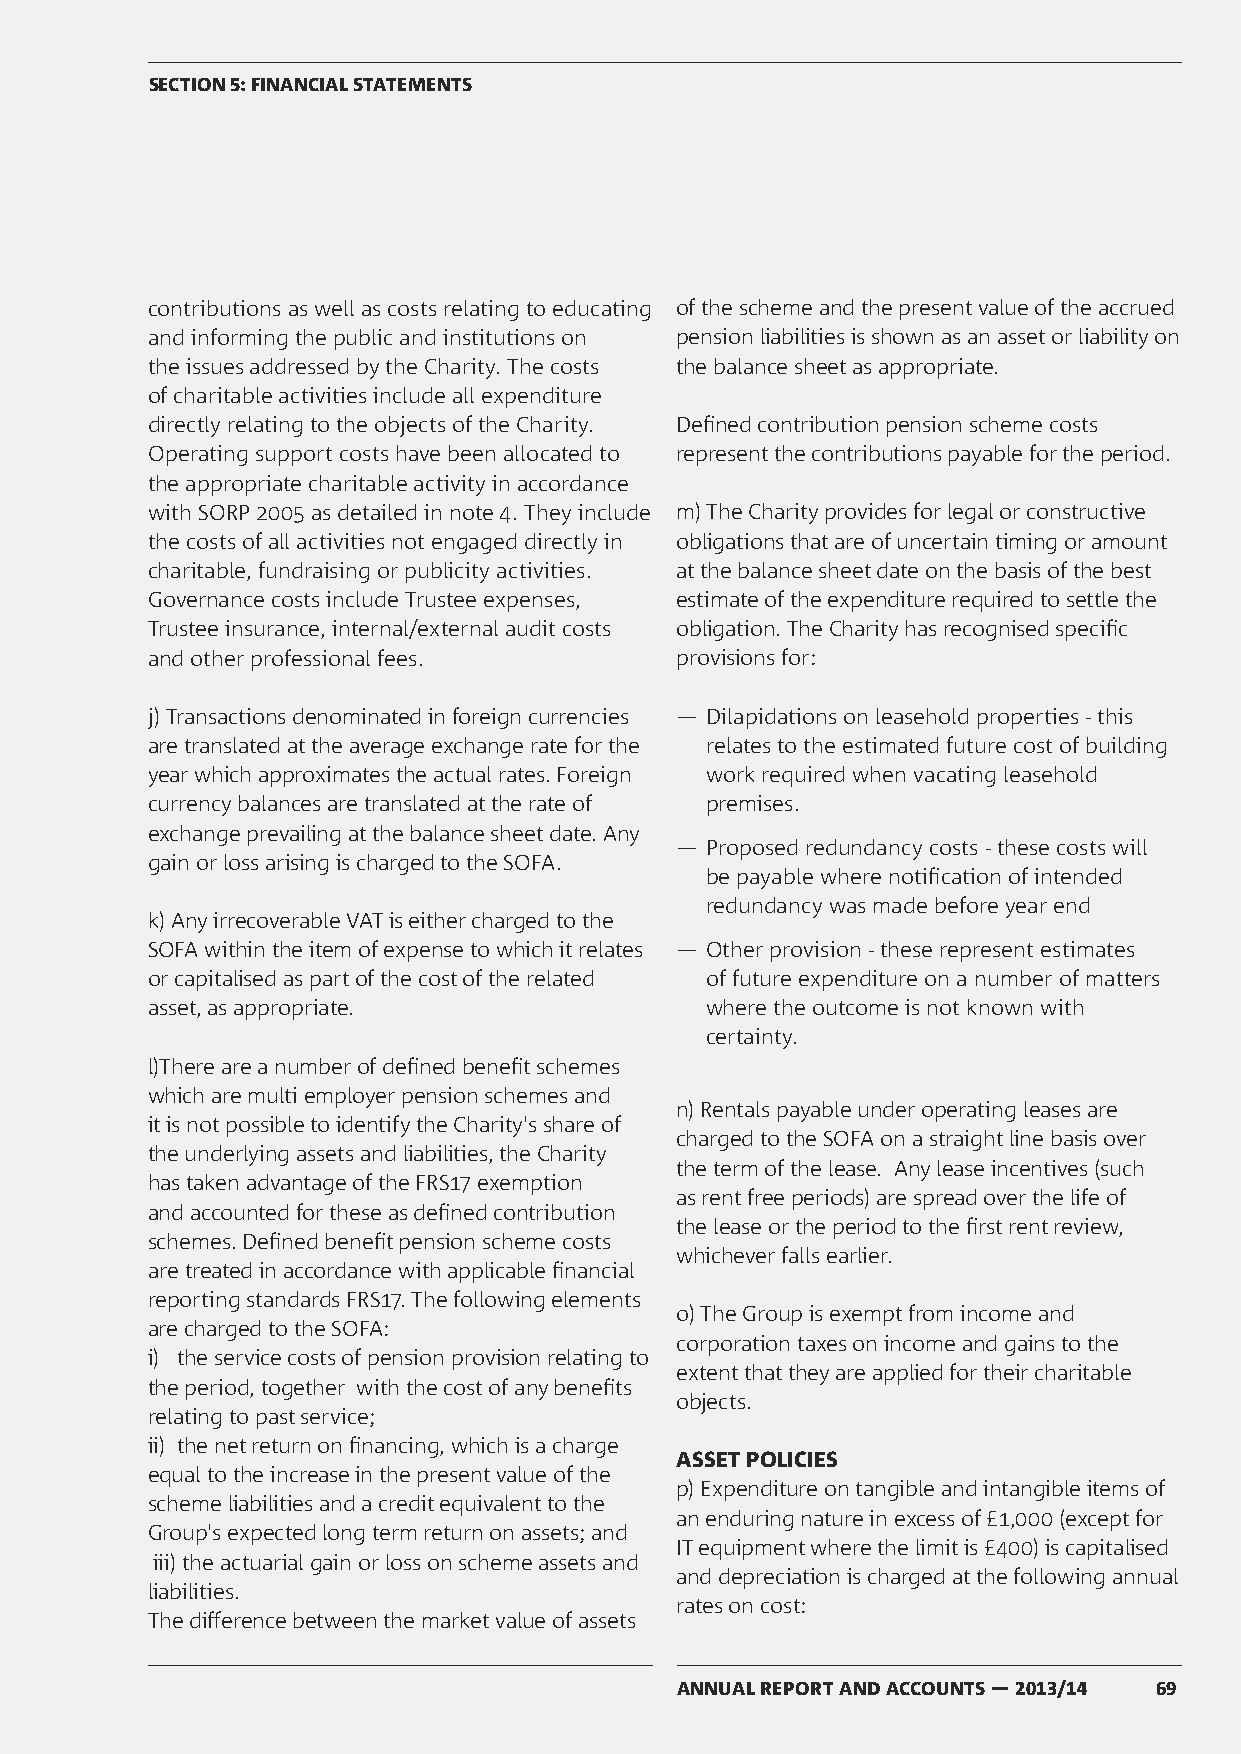
SECTION 5: FINANCIAL STATEMENTS
 contributions as well as costs relating to educating of the scheme and the present value of the accrued
 and informing the public and institutions on pension liabilities is shown as an asset or liability on
 the issues addressed by the Charity. The costs the balance sheet as appropriate.
 of charitable activities include all expenditure
 directly relating to the objects of the Charity. Defined contribution pension scheme costs
 Operating support costs have been allocated to represent the contributions payable for the period.
 the appropriate charitable activity in accordance
 with SORP 2005 as detailed in note 4. They include m) The Charity provides for legal or constructive
 the costs of all activities not engaged directly in obligations that are of uncertain timing or amount
 charitable, fundraising or publicity activities. at the balance sheet date on the basis of the best
 Governance costs include Trustee expenses, estimate of the expenditure required to settle the
 Trustee insurance, internal/external audit costs obligation. The Charity has recognised specific
 and other professional fees.       provisions for:
 j) Transactions denominated in foreign currencies ― Dilapidations on leasehold properties - this
 are translated at the average exchange rate for the relates to the estimated future cost of building
 year which approximates the actual rates. Foreign work required when vacating leasehold
 currency balances are translated at the rate of premises.
 exchange prevailing at the balance sheet date. Any
 ― Proposed redundancy costs - these costs will
 gain or loss arising is charged to the SOFA.
 be payable where notification of intended
 redundancy was made before year end
 k) Any irrecoverable VAT is either charged to the
 SOFA within the item of expense to which it relates ― Other provision - these represent estimates
 or capitalised as part of the cost of the related of future expenditure on a number of matters
 asset, as appropriate.               where the outcome is not known with
 certainty.
 l)There are a number of defined benefit schemes
 which are multi employer pension schemes and
 n) Rentals payable under operating leases are
 it is not possible to identify the Charity's share of
 charged to the SOFA on a straight line basis over
 the underlying assets and liabilities, the Charity
 the term of the lease. Any lease incentives (such
 has taken advantage of the FRS17 exemption
 as rent free periods) are spread over the life of
 and accounted for these as defined contribution
 the lease or the period to the first rent review,
 schemes. Defined benefit pension scheme costs
 whichever falls earlier.
 are treated in accordance with applicable financial
 reporting standards FRS17. The following elements
 o) The Group is exempt from income and
 are charged to the SOFA:
 corporation taxes on income and gains to the
 i) the service costs of pension provision relating to
 extent that they are applied for their charitable
 the period, together with the cost of any benefits
 objects.
 relating to past service;
 ii) the net return on financing, which is a charge
 ASSET POLICIES
 equal to the increase in the present value of the
 p) Expenditure on tangible and intangible items of
 scheme liabilities and a credit equivalent to the
 an enduring nature in excess of £1,000 (except for
 Group's expected long term return on assets; and
 IT equipment where the limit is £400) is capitalised
 iii) the actuarial gain or loss on scheme assets and
 and depreciation is charged at the following annual
 liabilities.
 rates on cost:
 The difference between the market value of assets
 ANNUAL REPORT AND ACCOUNTS — 2013/14 69